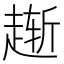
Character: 𫎸